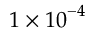
1 \times { 1 0 } ^ { - 4 }